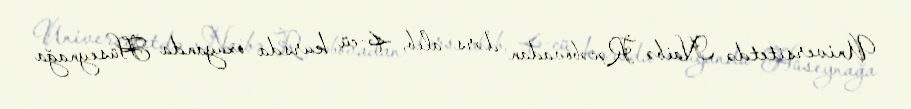
Universitetdə Naibə Rəcəbovadan dərs alıb, 4-cü kursda oxuyanda Hüseynağa